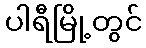
ပါရီမြို့တွင်